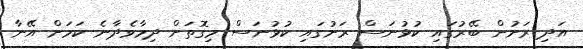
އަދި ރަށުން ބޭރުގައި ކުޅުނަސް ރަށުގައި ކުޅުނަސް މިގޮތަށް ދިމާވެދާނެ ކަމަށް އޭނާ